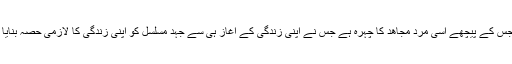
جس کے پیچھے اسی مرد مجاھد کا چہرہ ہے جس نے اپنی زندگی کے آغاز ہی سے جہد مسلسل کو اپنی زندگی کا لازمی حصہ بنایا ۔